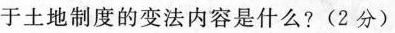
于土地制度的变法内容是什么？（2分）